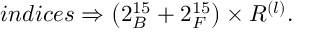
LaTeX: i n d i c e s \Rightarrow \left( 2 _ { B } ^ { 1 5 } + 2 _ { F } ^ { 1 5 } \right) \times R ^ { \left( l \right) } .